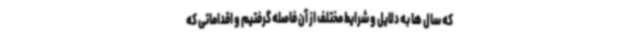
که سال ها به دلایل و شرایط مختلف از آن فاصله گرفتیم و اقداماتی که